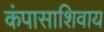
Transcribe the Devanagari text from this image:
कंपासाशिवाय